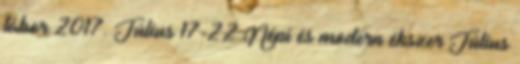
tábor 2017. Július 17-22 Népi és modern ékszer Július